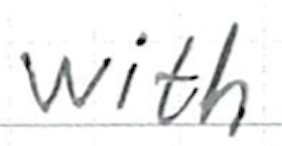
Text: with
Cross-out: clean
Writing tool: ballpoint